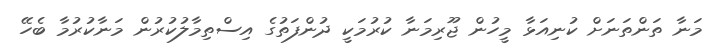
މަނާ ތަންތަނަށް ކުނިއަޅާ މީހުން ޖޫރިމަނާ ކުރުމަކީ ދުންފަތުގެ އިސްތިމާލުކުރުން މަނާކުރުމާ ބެހޭ